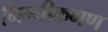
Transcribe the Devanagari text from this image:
निम्नीक्रमण